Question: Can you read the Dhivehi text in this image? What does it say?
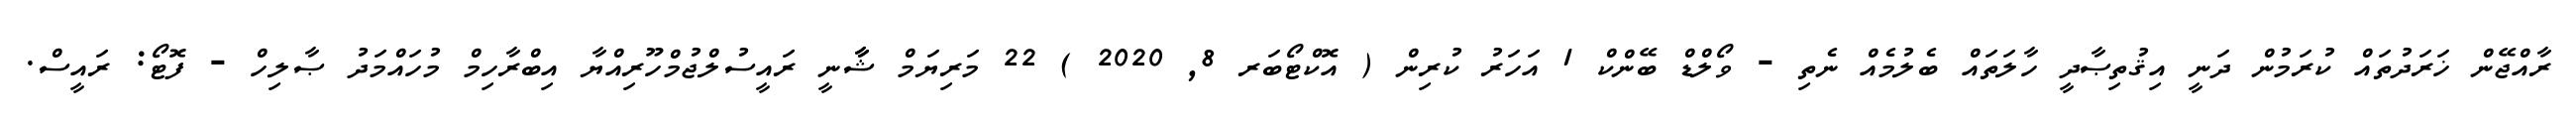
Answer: ރާއްޖޭން ޚަރަދުތައް ކުރަމުން ދަނީ އިޤުތިޞާދީ ހާލަތައް ބެލުމެއް ނެތި - ވޯލްޑް ބޭންކް 1 އަހަރު ކުރިން ( އޮކްޓޯބަރ 8, 2020 ) 22 މަރިޔަމް ޝާާނީ ރައީސުލްޖުމްހޫރިއްޔާ އިބްރާހިމް މުހައްމަދު ޞާލިހް - ފޮޓޯ: ރައީސް.